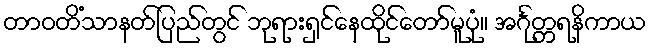
တာဝတိံသာနတ်ပြည်တွင် ဘုရားရှင်နေထိုင်တော်မူပုံ။ အင်္ဂုတ္တရနိကာယ